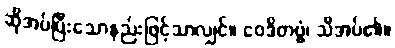
ဆိုအပ်ပြီးသောနည်းဖြင့်သာလျှင်။ ဝေဒိတဗ္ဗံ၊ သိအပ်၏။